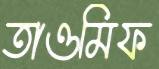
তাওমিফ